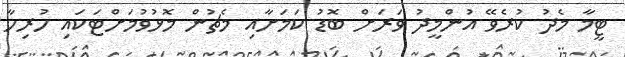
ޓީމާ މެދު ކުރެވޭ އުންމީދު ވަރަށް ބޮޑު ކަމަށާއި މެޗުން މޮޅުވުމަށްޓަކައި ހުރިހާ